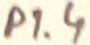
Text: P1.4